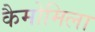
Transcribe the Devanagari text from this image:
कैमोमिला